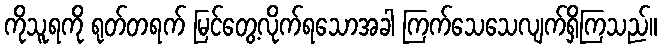
ကိုသူရကို ရုတ်တရက် မြင်တွေ့လိုက်ရသောအခါ ကြက်သေသေလျက်ရှိကြသည်။